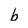
Character: b